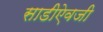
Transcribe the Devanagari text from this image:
साडीऐवजी